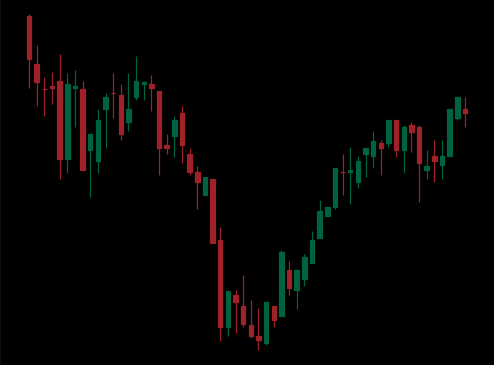
Pattern: inverse_head_shoulders